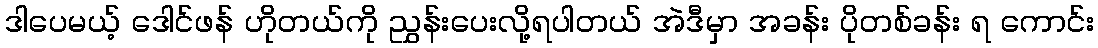
ဒါပေမယ့် ဒေါင်ဖန် ဟိုတယ်ကို ညွှန်းပေးလို့ရပါတယ် အဲဒီမှာ အခန်း ပိုတစ်ခန်း ရ ကောင်း